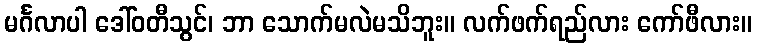
မင်္ဂလာပါ ဒေါ်ဝတီသွင်၊ ဘာ သောက်မလဲမသိဘူး။ လက်ဖက်ရည်လား ကော်ဖီလား။